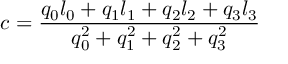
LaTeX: c = { \frac { q _ { 0 } l _ { 0 } + q _ { 1 } l _ { 1 } + q _ { 2 } l _ { 2 } + q _ { 3 } l _ { 3 } } { q _ { 0 } ^ { 2 } + q _ { 1 } ^ { 2 } + q _ { 2 } ^ { 2 } + q _ { 3 } ^ { 2 } } }